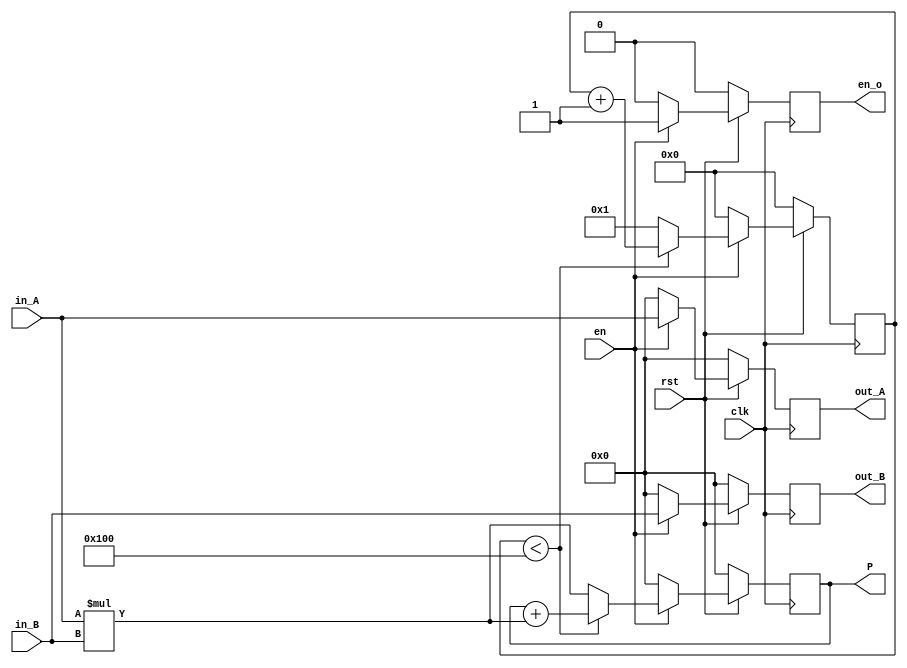
`timescale 1ns / 1ps
//////////////////////////////////////////////////////////////////////////////////
// Company: 
// Engineer: 
// 
// Design Name: 
// Module Name: PE_gram
// Project Name: 
// Target Devices: 
// Tool Versions: 
// Description: 
// 
// Dependencies: 
// 
// Revision:
// Revision 0.01 - File Created
// Additional Comments:
// 
//////////////////////////////////////////////////////////////////////////////////


module PE_gram#(parameter WIDTH=8, DIMENSION=256)
(clk,rst,en,in_A,in_B,out_A,out_B,P,en_o

    );
    input clk;
    input rst;
    input en;
    input [WIDTH-1:0] in_A;
    input [WIDTH-1:0] in_B;
    output reg [WIDTH-1:0] out_A,out_B;
    output reg [WIDTH-1:0] P;
    output reg en_o;
   
     reg[WIDTH-1:0] P_tmp;
     reg [8:0] count;
   
    always @(posedge clk)
    begin
    if(!rst )
    begin
    out_A<=0;
    out_B<=0;
    P<=0;
    P_tmp<=0;
    en_o<=0;

    end
    else if(en)
    begin
    if(count<DIMENSION)
    begin
     out_A<=in_A;
     out_B<=in_B;
     P_tmp<=0;
     P<=P+in_A*in_B;
     en_o<=1;
     end
     else
     begin
     out_A<=in_A;
     out_B<=in_B;
     P_tmp<=0;
     P<=in_A*in_B;
     en_o<=1;
     end
    end
    else 
    begin
    out_A<=0;
    out_B<=0;
    P<=0;
    P_tmp<=0;
    en_o<=0;

    end
    end
    
    always @(posedge clk)
    begin
    if(!rst)
    count<=0;
    else if (en)
      begin
       if(count<DIMENSION)
       count<=count+1;
       else
       begin
       count<=1;

       end
      end
     else
     count<=0;
    
    end
    
   
endmodule